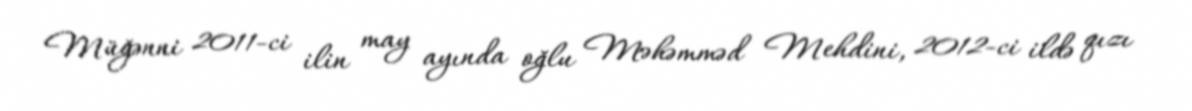
Müğənni 2011-ci ilin may ayında oğlu Məhəmməd Mehdini, 2012-ci ildə qızı